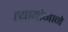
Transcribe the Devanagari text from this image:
त्यायोगाने